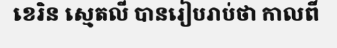
ខេរិន ស្មេតលី បានរៀបរាប់ថា កាលពី